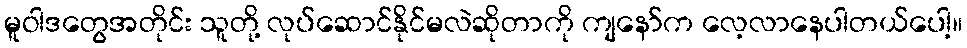
မူဝါဒတွေအတိုင်း သူတို့ လုပ်ဆောင်နိုင်မလဲဆိုတာကို ကျနော်က လေ့လာနေပါတယ်ပေါ့။